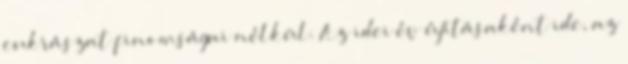
cukrászat finomságai nélkül. Az idei év újításaként ide, az